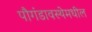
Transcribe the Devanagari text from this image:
पौगंडावस्थेमधील